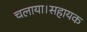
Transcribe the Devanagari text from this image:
चलाया।सहायक